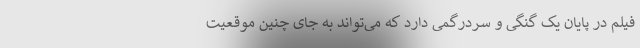
فیلم در پایان یک گنگی و سردرگمی دارد که می‌تواند به جای چنین موقعیت